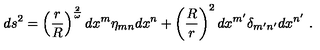
d s ^ { 2 } = \left( { \frac { r } { R } } \right) ^ { \frac { 2 } { \omega } } d x ^ { m } \eta _ { m n } d x ^ { n } + \left( { \frac { R } { r } } \right) ^ { 2 } d x ^ { m ^ { \prime } } \delta _ { m ^ { \prime } n ^ { \prime } } d x ^ { n ^ { \prime } } \ .